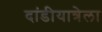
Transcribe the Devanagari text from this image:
दांडीयात्रेला